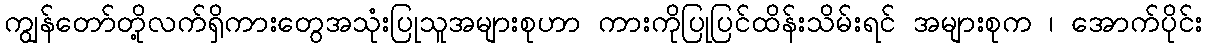
ကျွန်တော်တို့လက်ရှိကားတွေအသုံးပြုသူအများစုဟာ ကားကိုပြုပြင်ထိန်းသိမ်းရင် အများစုက ၊ အောက်ပိုင်း